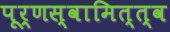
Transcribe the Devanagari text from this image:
पूर्णस्वामित्त्व